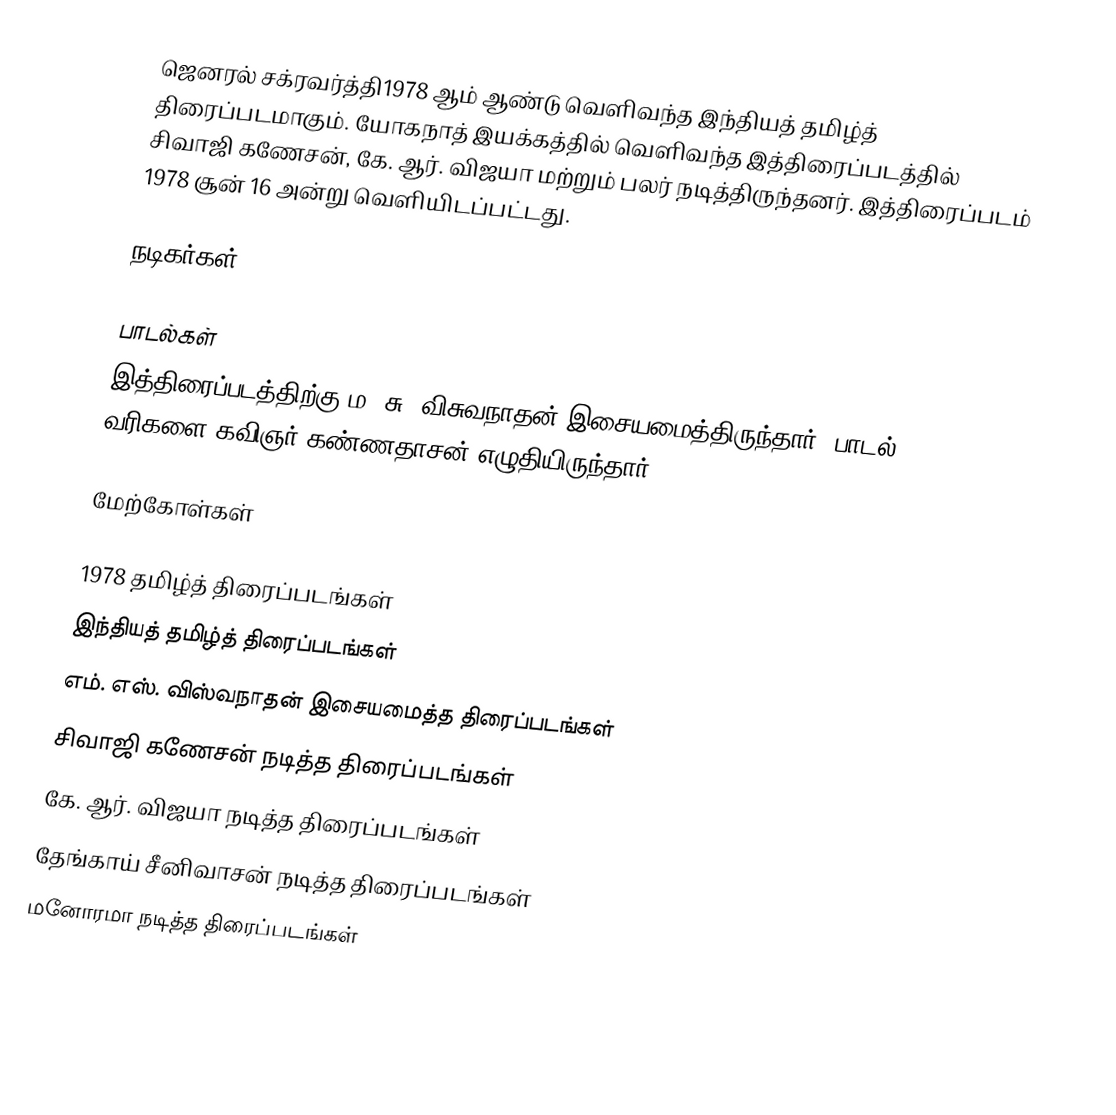
ஜெனரல் சக்ரவர்த்தி1978 ஆம் ஆண்டு வெளிவந்த இந்தியத் தமிழ்த் திரைப்படமாகும். யோகநாத் இயக்கத்தில் வெளிவந்த இத்திரைப்படத்தில் சிவாஜி கணேசன், கே. ஆர். விஜயா மற்றும் பலர் நடித்திருந்தனர். இத்திரைப்படம் 1978 சூன் 16 அன்று வெளியிடப்பட்டது.

நடிகர்கள்

பாடல்கள்
இத்திரைப்படத்திற்கு ம. சு. விசுவநாதன் இசையமைத்திருந்தார். பாடல் வரிகளை கவிஞர் கண்ணதாசன் எழுதியிருந்தார்.

மேற்கோள்கள்

1978 தமிழ்த் திரைப்படங்கள்
இந்தியத் தமிழ்த் திரைப்படங்கள்
எம். எஸ். விஸ்வநாதன் இசையமைத்த திரைப்படங்கள்
சிவாஜி கணேசன் நடித்த திரைப்படங்கள்
கே. ஆர். விஜயா நடித்த திரைப்படங்கள்
தேங்காய் சீனிவாசன் நடித்த திரைப்படங்கள்
மனோரமா நடித்த திரைப்படங்கள்